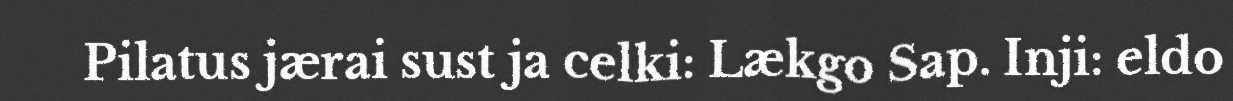
Pilatus jærai sust ja celki: Lækgo Sap. Inji: eldo